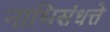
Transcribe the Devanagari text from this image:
नाभिसंधत्ते